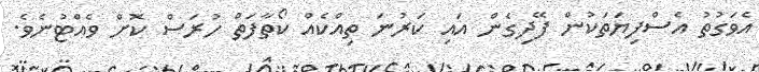
އެވަގުތު އެސްފިޔަތަކުން ފޭދިގެން އައި ކަރުނަ ތިއްކެއް ކޯތާފަތް ހުރަސް ކޮށް ވެއްޓުނެވެ.